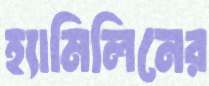
হ্যামিলিনের